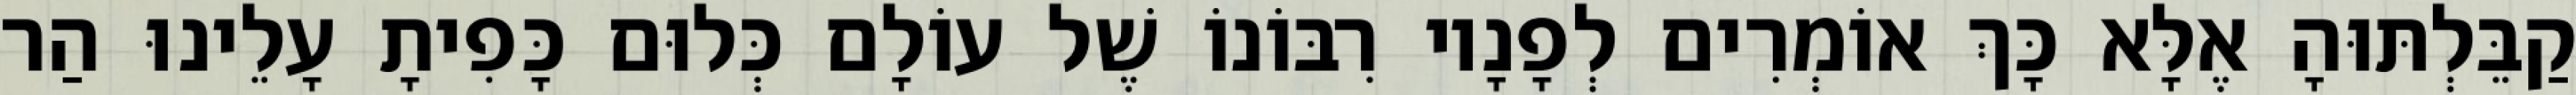
קַבֵּלְתּוּהָ אֶלָּא כָּךְ אוֹמְרִים לְפָנָיו רִבּוֹנוֹ שֶׁל עוֹלָם כְּלוּם כָּפִיתָ עָלֵינוּ הַר